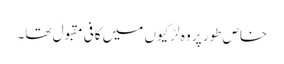
خاص طور پر وہ لڑکیوں میں کافی مقبول تھا۔